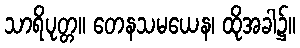
သာရိပုတ္တ။ တေနသမယေန၊ ထိုအခါ၌။